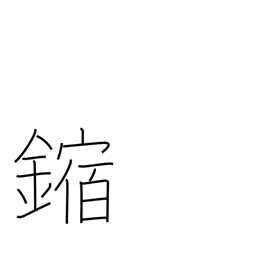
Meaning: corrosion